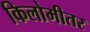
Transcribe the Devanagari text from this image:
किलोमीतर